Plague in India, 1896, 1897 - Volume 1
Year: 1896
Disease focus: Plague
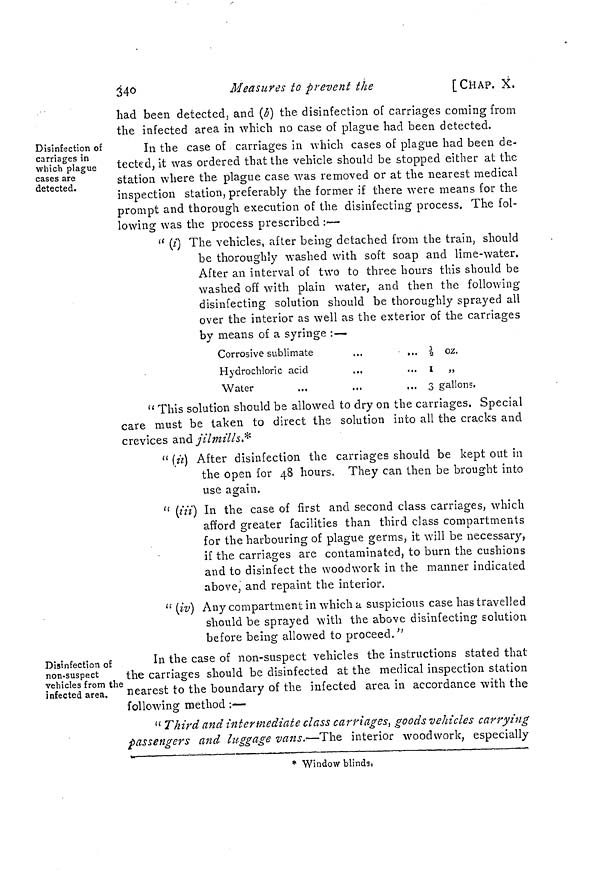
340
Measures to prevent the
[CHAP. X,
had been detected, and (b) the disinfection of carriages coming from
the infected area in which no case of plague had been detected.
Disinfection of
carriages in
which plague
cases are
detected.
In the case of carriages in which cases of plague had been de-
tected, it was ordered that the vehicle should be stopped either at the
station where the plague case was removed or at the nearest medical
inspection station, preferably the former if there were means for the
prompt and thorough execution of the disinfecting process. The fol-
lowing was the process prescribed :—
" (i) The vehicles, after being detached from the train, should
be thoroughly washed with soft soap and lime-water.
After an interval of two to three hours this should be
washed off with plain water, and then the following
disinfecting solution should be thoroughly sprayed all
over the interior as well as the exterior of the carriages
by means of a syringe :—
Corrosive sublimate
Hydrochloric acid
.,,
Water
... ½ oz.
... I
„
... 3 gallons.
" This solution should be allowed to dry on the carriages. Special
care must be taken to direct the solution into all the cracks and
crevices and jilmills.*
" (ii) After disinfection the carriages should be kept out in
the open for 48 hours. They can then be brought into
use again.
" (iii) In the case of first and second class carriages, which
afford greater facilities than third class compartments
for the harbouring of plague germs, it will be necessary,
if the carriages are contaminated, to burn the cushions
and to disinfect the woodwork in the manner indicated
above, and repaint the interior.
" (iv) Any compartment in which a suspicious case has travelled
should be sprayed with the above disinfecting solution
before being allowed to proceed."
Disinfection of
non-suspect
vehicles from the
infected area.
In the case of non-suspect vehicles the instructions stated that
the carriages should be disinfected at the medical inspection station
nearest to the boundary of the infected area in accordance with the
following method :—
" Third and intermediate class carriages, goods vehicles carrying
passengers and luggage vans.—The interior woodwork, especially
* Window blinds.